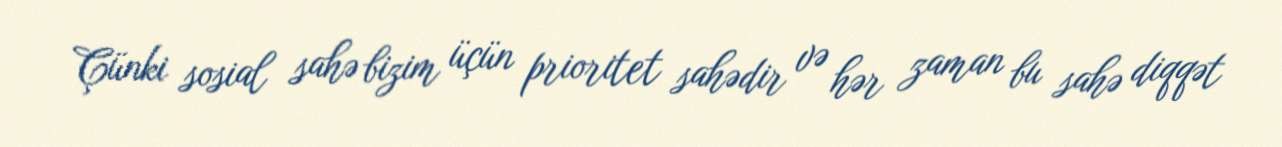
Çünki sosial sahə bizim üçün prioritet sahədir və hər zaman bu sahə diqqət